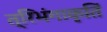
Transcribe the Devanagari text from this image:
त्रिभंगाकृतिं